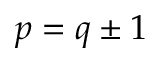
p = q \pm 1